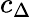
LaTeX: c_{\Delta}